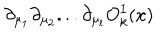
\partial _ { \mu _ { 1 } } \partial _ { \mu _ { 2 } } . . . \partial _ { \mu _ { l } } O _ { k } ^ { I } ( x )